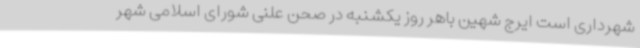
شهرداری است ایرج شهین باهر روز یکشنبه در صحن علنی شورای اسلامی شهر